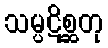
သမ္ပဋိစ္ဆတု